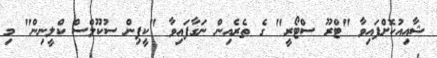
ޝާއިއުކޮށްފައިވާ "ޓްރޫ ސްޓޯރީ" ގެ ތެރެއިން ނަގާފައިވާ "ކީޕިން ސުކޫލްސް ކްލީނިން" މި